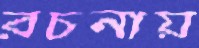
রচনায়